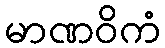
မာဏဝိကံ